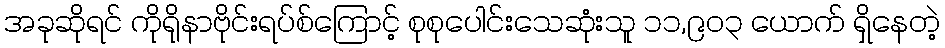
အခုဆိုရင် ကိုရိုနာဗိုင်းရပ်စ်ကြောင့် စုစုပေါင်းသေဆုံးသူ ၁၁,၉၀၃ ယောက် ရှိနေတဲ့